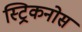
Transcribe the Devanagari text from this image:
स्ट्रिकनोस